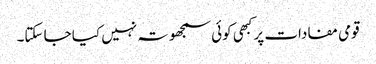
قومی مفادات پر کبهی کوئی سمجھوتہ نہیں کیا جا سکتا۔